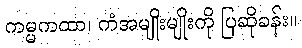
ကမ္မကထာ၊ ကံအမျိုးမျိုးကို ပြဆိုခန်း။